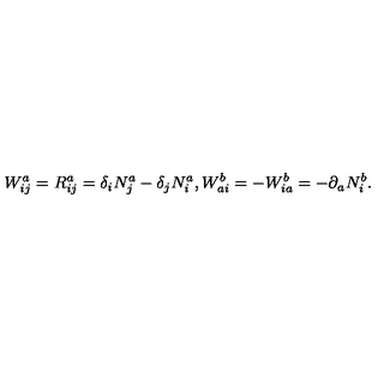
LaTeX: W _ { i j } ^ { a } = R _ { i j } ^ { a } = \delta _ { i } N _ { j } ^ { a } - \delta _ { j } N _ { i } ^ { a } , W _ { a i } ^ { b } = - W _ { i a } ^ { b } = - \partial _ { a } N _ { i } ^ { b } .